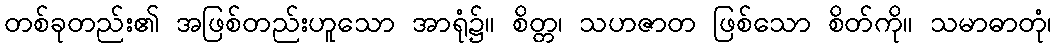
တစ်ခုတည်း၏ အဖြစ်တည်းဟူသော အာရုံ၌။ စိတ္တ၊ သဟဇာတ ဖြစ်သော စိတ်ကို။ သမာဓာတုံ၊